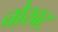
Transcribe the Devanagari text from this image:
चोखट